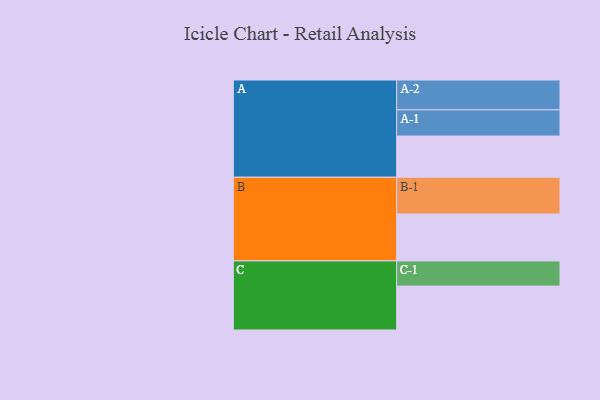
{"axis": {"x": "Segment", "y": "Value"}, "legend": ["", "A", "B", "C"], "data": [{"x": "A", "y": 316, "type": ""}, {"x": "B", "y": 360, "type": ""}, {"x": "C", "y": 337, "type": ""}, {"x": "A-1", "y": 201, "type": "A"}, {"x": "A-2", "y": 229, "type": "A"}, {"x": "B-1", "y": 282, "type": "B"}, {"x": "C-1", "y": 193, "type": "C"}]}